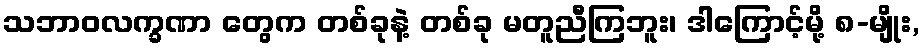
သဘာဝလက္ခဏာ တွေက တစ်ခုနဲ့ တစ်ခု မတူညီကြဘူး၊ ဒါကြောင့်မို့ ၈-မျိုး,